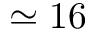
\simeq 1 6